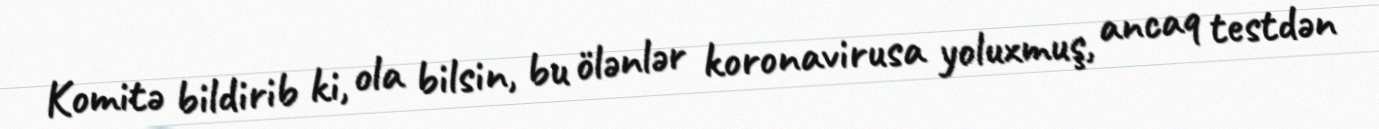
Komitə bildirib ki, ola bilsin, bu ölənlər koronavirusa yoluxmuş, ancaq testdən